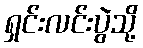
ရှင်းလင်းပွဲသို့